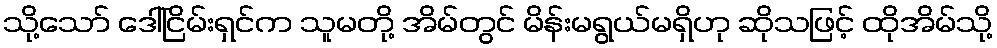
သို့သော် ဒေါ်ငြိမ်းရှင်က သူမတို့ အိမ်တွင် မိန်းမရွယ်မရှိဟု ဆိုသဖြင့် ထိုအိမ်သို့